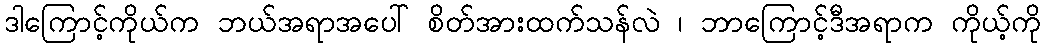
ဒါကြောင့်ကိုယ်က ဘယ်အရာအပေါ် စိတ်အားထက်သန်လဲ ၊ ဘာကြောင့်ဒီအရာက ကိုယ့်ကို